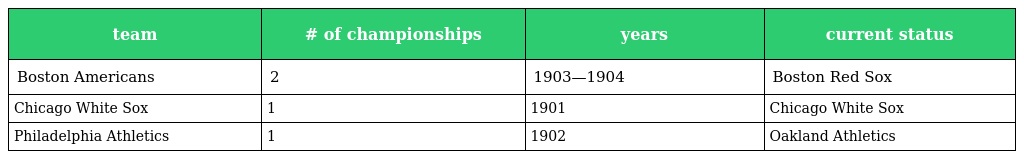
| team | # of championships | years | current status |
 | --- | --- | --- | --- |
 | Boston Americans | 2 | 1903—1904 | Boston Red Sox |
 | Chicago White Sox | 1 | 1901 | Chicago White Sox |
 | Philadelphia Athletics | 1 | 1902 | Oakland Athletics |